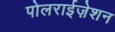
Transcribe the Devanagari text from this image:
पोलराईज़ेशन